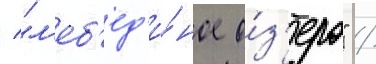
/ "л'еб'ед'и́ное о́з'еро" /